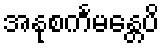
အနုစင်္ကမန္တေပိ